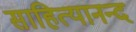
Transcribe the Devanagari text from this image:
साहित्यानन्द